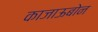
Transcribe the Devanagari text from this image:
काजाऊबोन